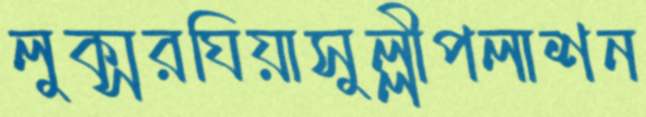
লুক্সরঘিয়াসুল্লীপলাশন